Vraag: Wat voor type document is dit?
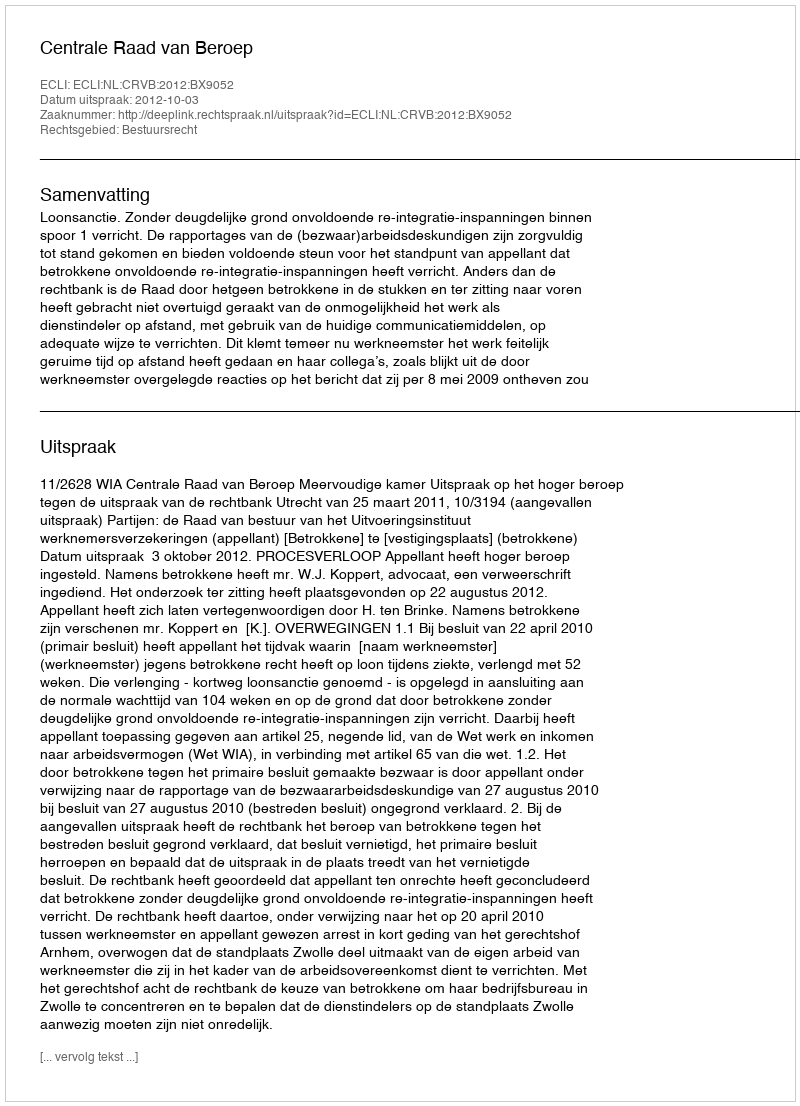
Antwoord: Uitspraak